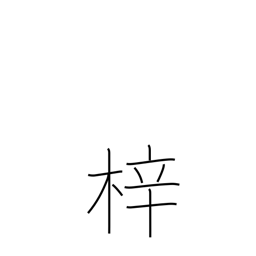
Meaning: woodblock printing